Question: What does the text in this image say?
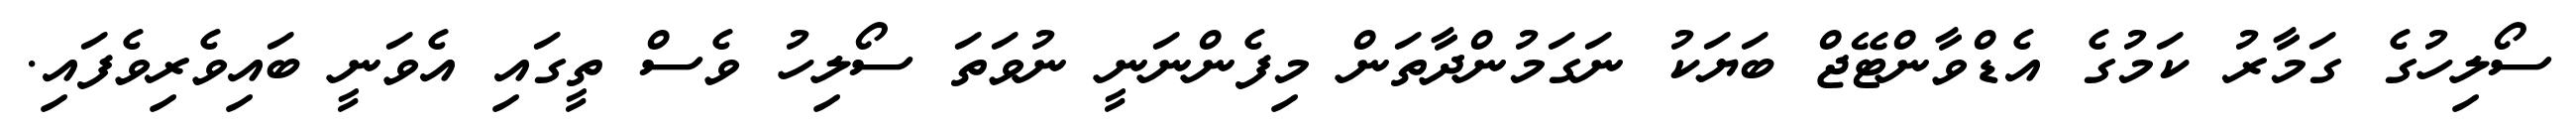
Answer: ސޯލިހުގެ ގަމާރު ކަމުގެ އެޑްވާންޓޭޖް ބަޔަކު ނަގަމުންދާތަން މިފެންނަނީ ނުވަތަ ސޯލިހު ވެސް ތީގައި އެވަނީ ބައިވެރިވެފައި.